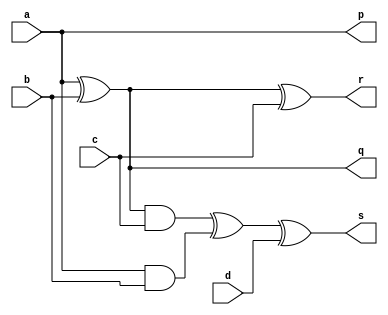
/* Module that defines PFAG gate.*/
module pfag_gate(a,b,c,d,p,q,r,s);
input a,b,c,d;
output p,q,r,s;

	assign p = a;
	assign q = a ^ b;
	assign r = a ^ b ^ c;
	assign s = ((a ^ b) & c) ^ (a & b) ^ d;

endmodule